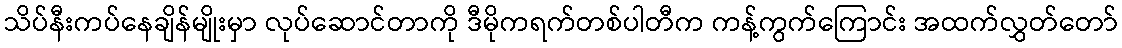
သိပ်နီးကပ်နေချိန်မျိုးမှာ လုပ်ဆောင်တာကို ဒီမိုကရက်တစ်ပါတီက ကန့်ကွက်ကြောင်း အထက်လွှတ်တော်